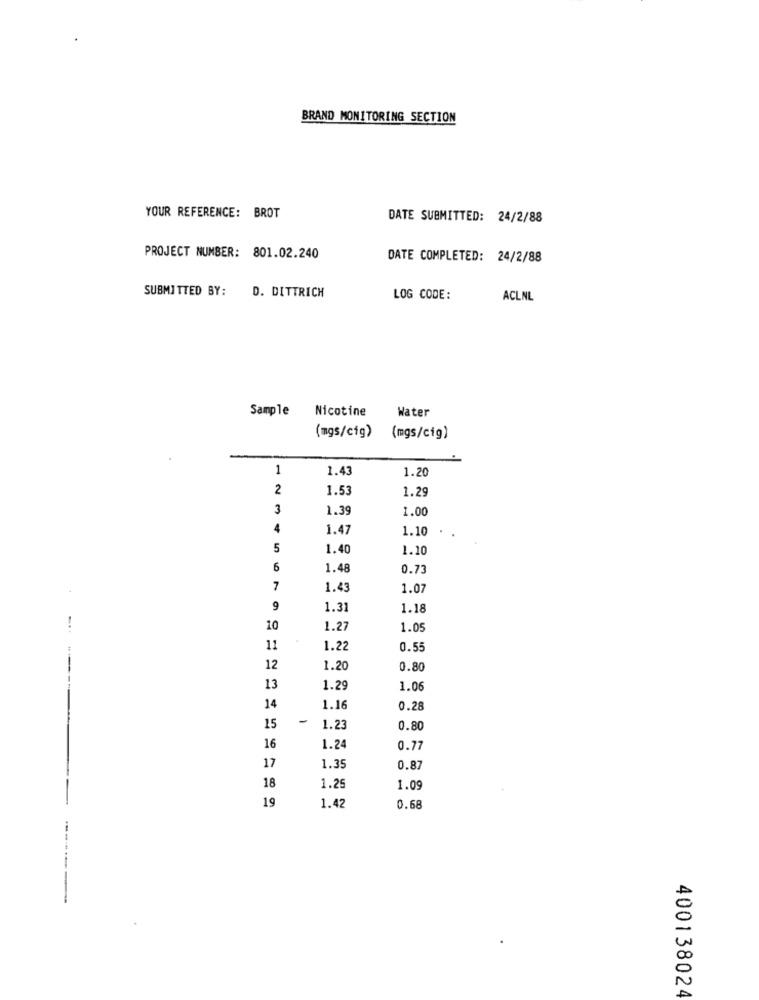
BRAND MONITORING SECTION
YOUR REFERENCE: BROT
DATE SUBMITTED: 24/2/88
PROJECT NUMBER: 801.02.240
DATE COMPLETED: 24/2/88
SUBMITTED BY:
D. DITTRICH
LOG CODE:
ACLNL
Sample
Nicotine
Water
(mgs/cig)
(mgs/cig)
1
1.43
1.20
2
1.53
1.29
3
1.39
1.00
4
1.47
1.10
5
1.40
1.10
6
1.48
0.73
7
1.43
1.07
9
1.31
1.18
10
1.27
1.05
11
1.22
0.55
12
1.20
0.80
13
1.29
1.06
14
1.16
0.28
-
15
1.23
0.80
16
1.24
0.77
17
1.35
0.8
18
1.25
1.09
19
1.42
0.68
--------
400138024